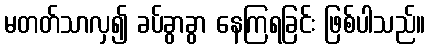
မတတ်သာလှ၍ ခပ်ခွာခွာ နေကြရခြင်း ဖြစ်ပါသည်။